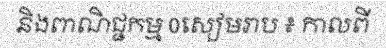
និងពាណិជ្ជកម្ម 0សៀមរាប ៖ កាលពី